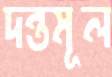
দন্তমূল